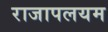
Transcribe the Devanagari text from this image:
राजापलयम